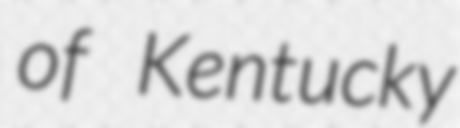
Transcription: of Kentucky